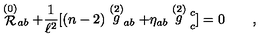
\stackrel { ( 0 ) } { \cal { R } } _ { a b } + { \frac { 1 } { \ell ^ { 2 } } } [ ( n - 2 ) \stackrel { ( 2 ) } g _ { a b } + \eta _ { a b } \stackrel { ( 2 ) } g \strut _ { c } ^ { c } ] = 0 \qquad ,